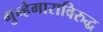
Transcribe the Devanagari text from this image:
गुन्हेगाराविरुद्ध